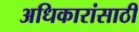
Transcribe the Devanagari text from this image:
अधिकारांसाठी